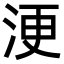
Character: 浭